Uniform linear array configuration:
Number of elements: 48
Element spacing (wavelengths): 1
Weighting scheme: binomial
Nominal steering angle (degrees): -30
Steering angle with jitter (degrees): -29.253
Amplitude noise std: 0.05
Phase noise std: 0.05

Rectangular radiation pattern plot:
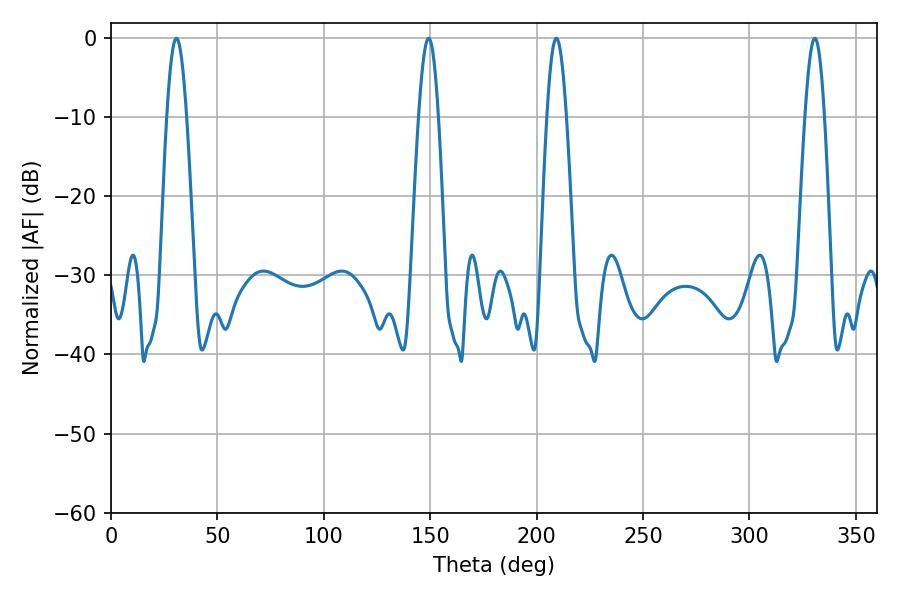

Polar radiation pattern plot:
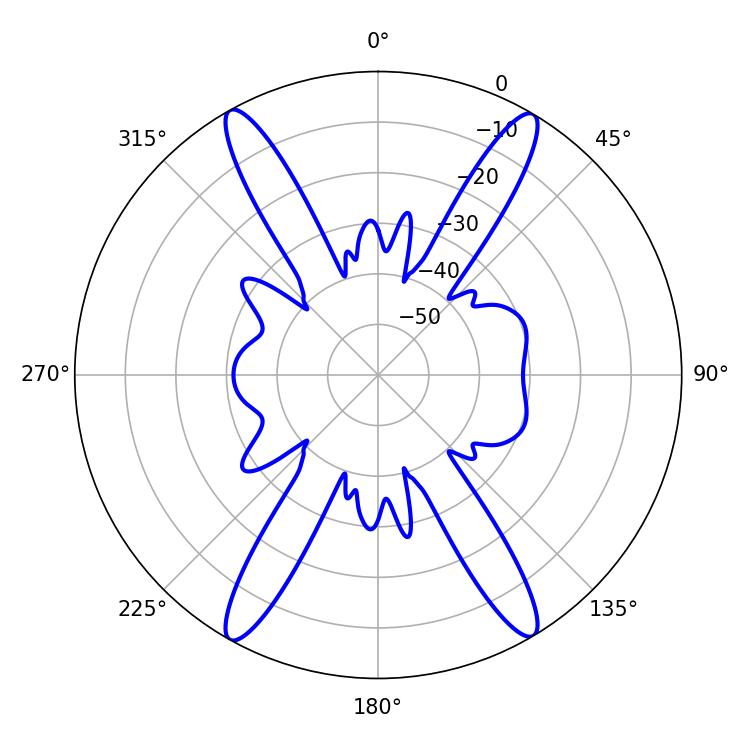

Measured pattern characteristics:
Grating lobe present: TRUE
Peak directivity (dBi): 25.384
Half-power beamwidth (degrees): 5.04
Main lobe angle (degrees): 30.78